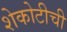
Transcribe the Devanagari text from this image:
शेकोटीची